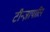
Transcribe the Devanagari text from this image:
टीन्ज़ापारिन